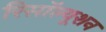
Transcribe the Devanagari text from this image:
रिसॉल्यूशन